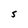
Character: S